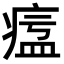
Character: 𤷷